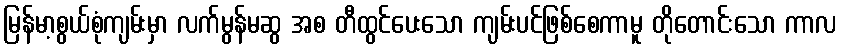
မြန်မာ့စွယ်စုံကျမ်းမှာ လက်မွန်မဆွ အစ တီထွင်ပေးသော ကျမ်းပင်ဖြစ်စေကာမူ တိုတောင်းသော ကာလ